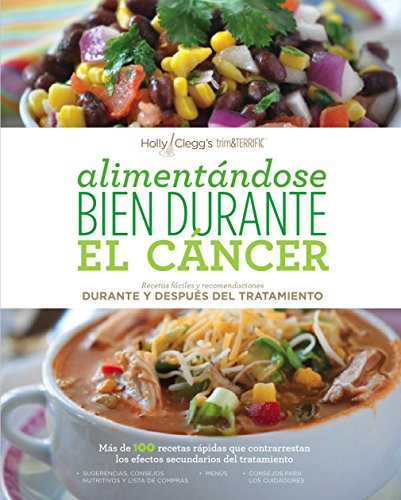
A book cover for AlimentÃ¡ndose bien durante el cÃ¡ncer / Eating Well Through Cancer (Spanish Edition); Holly Clegg; Cookbooks, Food & Wine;